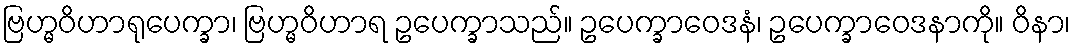
ဗြဟ္မဝိဟာရုပေက္ခာ၊ ဗြဟ္မဝိဟာရ ဥပေက္ခာသည်။ ဥပေက္ခာဝေဒနံ၊ ဥပေက္ခာဝေဒနာကို။ ဝိနာ၊